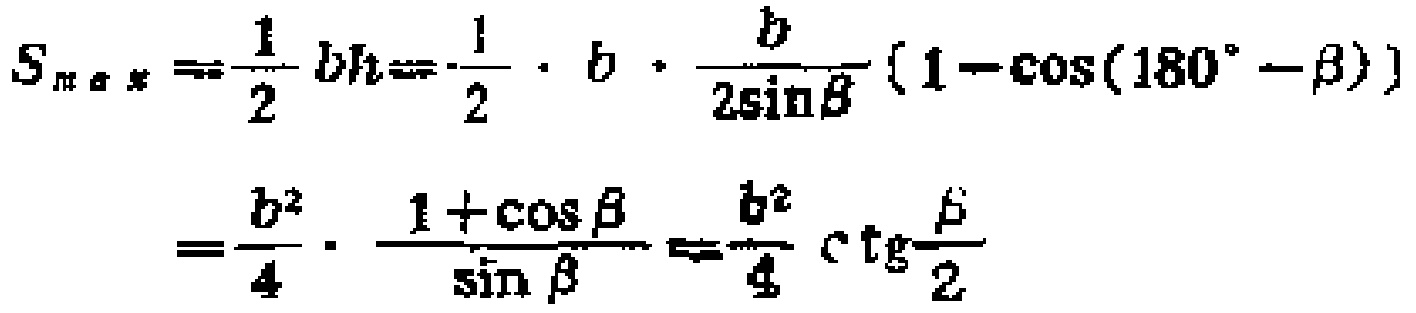
\[
\begin{align*}
S_{\max}&=\frac{1}{2}bh = \frac{1}{2}\cdot b\cdot\frac{b}{2\sin\beta}(1 - \cos(180^{\circ}-\beta))\\
&=\frac{b^{2}}{4}\cdot\frac{1 + \cos\beta}{\sin\beta}=\frac{b^{2}}{4}\cot\frac{\beta}{2}
\end{align*}
\]